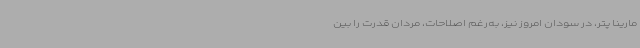
مارینا پتر، در سودان امروز نیز، به‌رغم اصلاحات، مردان قدرت را بین